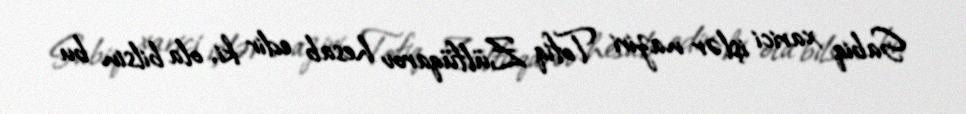
Sabiq xarici işlər naziri Tofiq Zülfüqarov hesab edir ki, ola bilsin bu